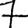
Digit: 7